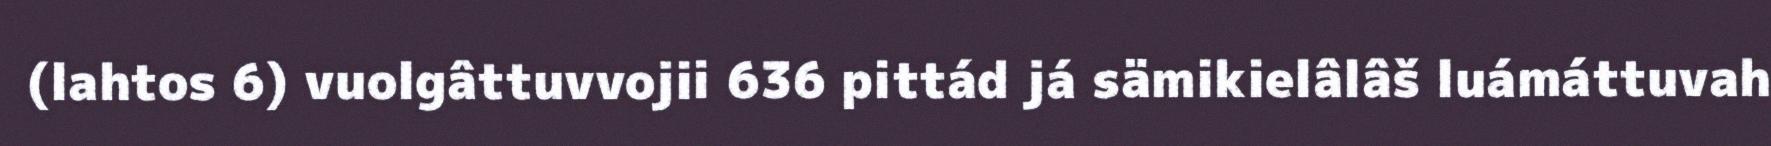
(lahtos 6) vuolgâttuvvojii 636 pittád já sämikielâlâš luámáttuvah